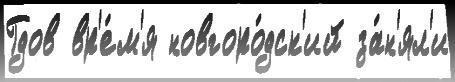
Гдов вр'е́м'я новгоро́дск'ий за́н'ял'и